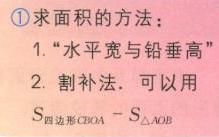
\textcircled{1}求面积的方法：
1. “水平宽与铅垂高”
2. 割补法. 可以用
$S_{四边形CDOA}-S_{\triangle AOB}$